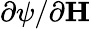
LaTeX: \partial\psi/\partial\textbf{H}